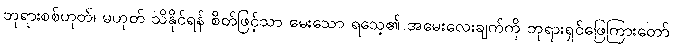
ဘုရားစစ်ဟုတ်၊ မဟုတ် သိနိုင်ရန် စိတ်ဖြင့်သာ မေးသော ရသေ့၏ အမေးလေးချက်ကို ဘုရားရှင်ဖြေကြားတော်